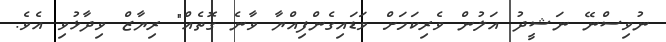
ނުވިސްނޭ ނަޝީދު އަލުން ވެރިކަމަށް ވަޑައިގެންފިއްޔާ ވާނެ ގޮތެއް" ރިޔާޒް ވިދާޅުވި އެވެ.